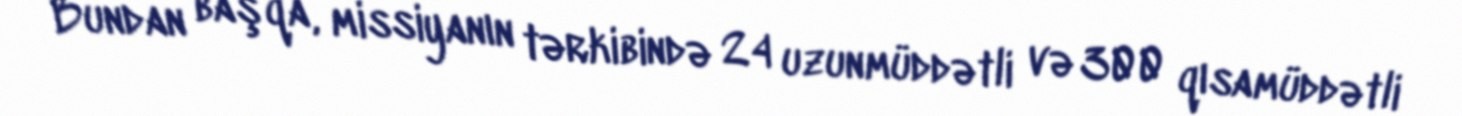
Bundan başqa, missiyanın tərkibində 24 uzunmüddətli və 300 qısamüddətli